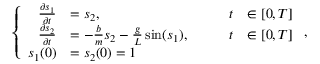
\left\{ \begin{array} { r l r l } { \frac { \partial s _ { 1 } } { \partial t } } & { = s _ { 2 } , \qquad } & { t } & { \in [ 0 , T ] } \\ { \frac { \partial s _ { 2 } } { \partial t } } & { = - \frac { b } { m } s _ { 2 } - \frac { g } { L } \sin ( s _ { 1 } ) , \qquad } & { t } & { \in [ 0 , T ] } \\ { s _ { 1 } ( 0 ) } & { = s _ { 2 } ( 0 ) = 1 } \end{array} \right. ,